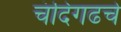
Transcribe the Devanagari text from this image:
चंदिगढचे